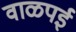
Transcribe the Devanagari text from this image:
वाळपई